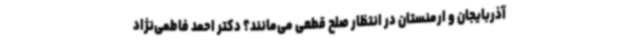
آذربایجان و ارمنستان در انتظار صلح قطعی می‌مانند؟ دکتر احمد فاطمی‌نژاد